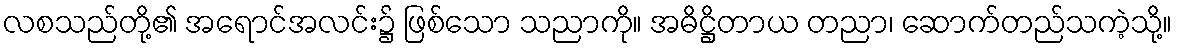
လစသည်တို့၏ အရောင်အလင်း၌ ဖြစ်သော သညာကို။ အဓိဋ္ဌိတာယ တညာ၊ ဆောက်တည်သကဲ့သို့။